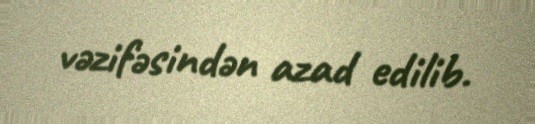
vəzifəsindən azad edilib.